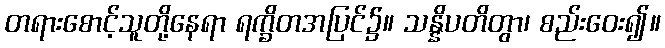
တရားစောင့်သူတို့နေရာ ရက္ခိတအပြင်၌။ သန္နိပတိတွာ၊ စည်းဝေး၍။